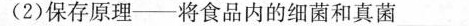
(2)保存原理——将食品内的细菌和真菌_